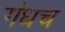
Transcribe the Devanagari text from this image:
गंधच